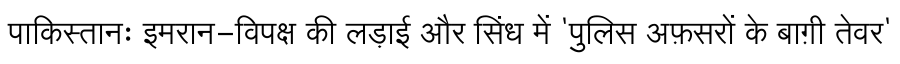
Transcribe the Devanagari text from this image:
पाकिस्तानः इमरान-विपक्ष की लड़ाई और सिंध में 'पुलिस अफ़सरों के बाग़ी तेवर'